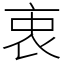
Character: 衷